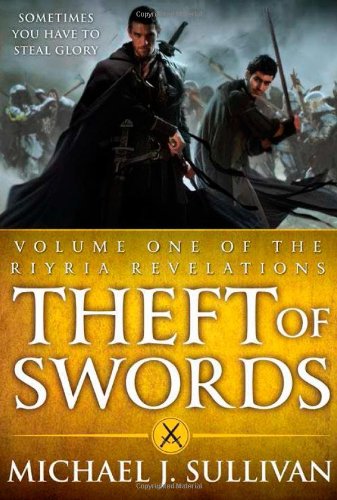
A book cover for Theft of Swords, Vol. 1(Riyria Revelations); Michael J. Sullivan; Science Fiction & Fantasy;